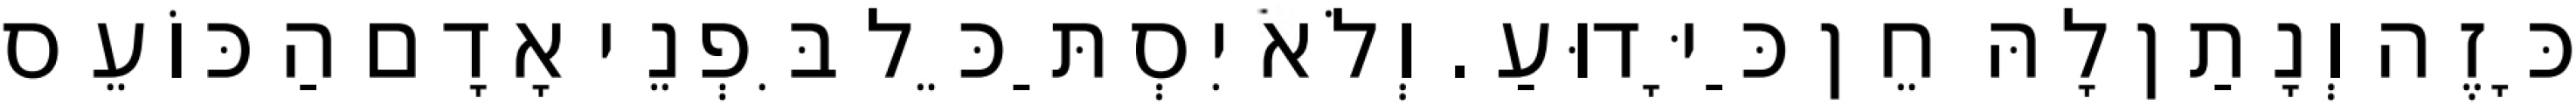
כָּזֶה וְנָתַן לָהּ חֵן כַּיָּדוּעַ. וְלֹא יִסְתַּכֵּל בִּפְנֵי אָדָם הַכּוֹעֵס